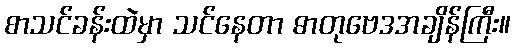
စာသင်ခန်းထဲမှာ သင်နေတာ ဓာတုဗေဒအချိန်ကြီး။